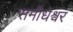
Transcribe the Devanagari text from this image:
समीधेश्वर